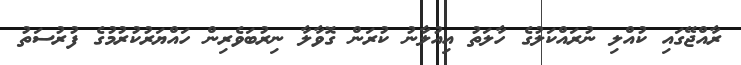
ރާއްޖޭގައި ކުއްލި ނުރައްކަލުގެ ހާލަތު އިއުލާނު ކުރަން ގޮވާލާ ނިރުބަވެރިން ހައްޔަރުކުރުމުގެ ފުރުސަތު